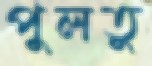
পুলতু